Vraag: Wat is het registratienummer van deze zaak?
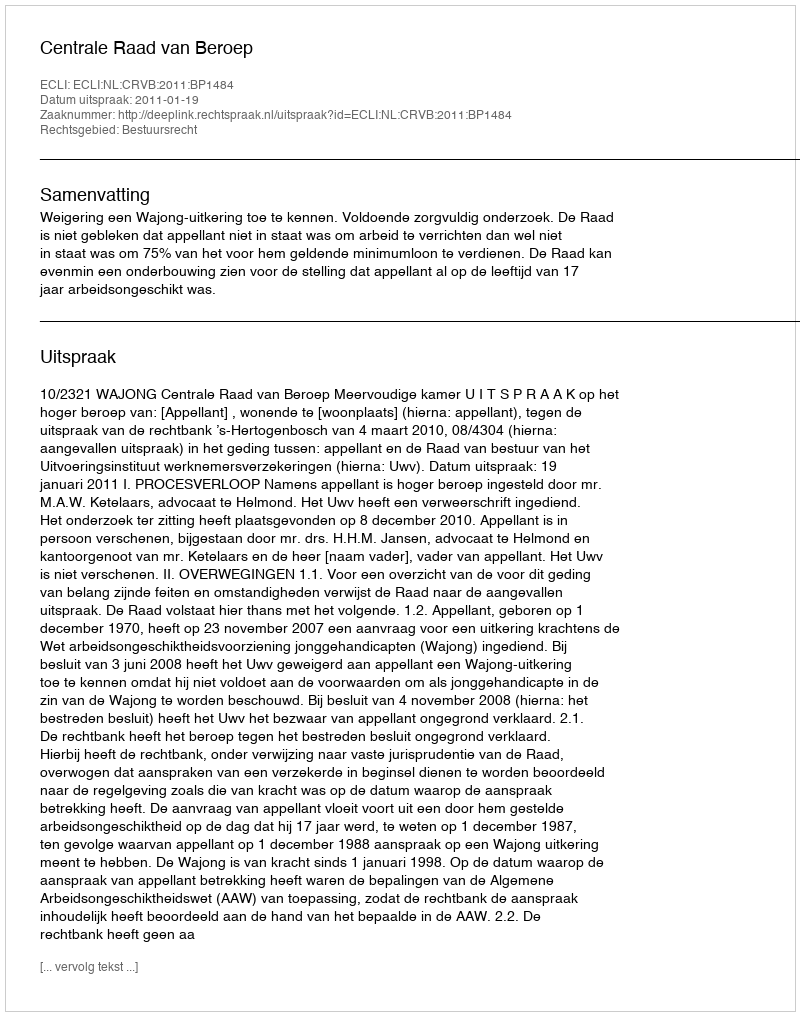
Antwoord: http://deeplink.rechtspraak.nl/uitspraak?id=ECLI:NL:CRVB:2011:BP1484